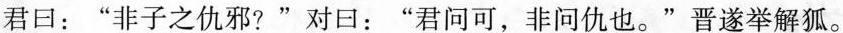
。”君回：”非子之仇邪?”对口：”君问可，非问仇也。”晋遂举解狐。